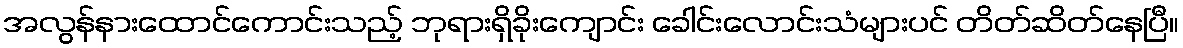
အလွန်နားထောင်ကောင်းသည့် ဘုရားရှိခိုးကျောင်း ခေါင်းလောင်းသံများပင် တိတ်ဆိတ်နေပြီ။